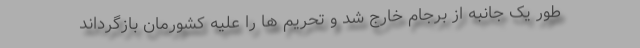
طور یک جانبه از برجام خارج شد و تحریم ها را علیه کشورمان بازگرداند